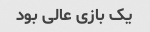
یک بازی عالی بود